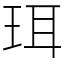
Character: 珥